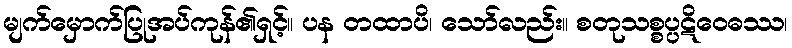
မျက်မှောက်ပြုအပ်ကုန်၏ရှင့်။ ပန တထာပိ၊ သော်လည်း။ စတုသစ္စပ္ပဋိဝေဓဿ၊